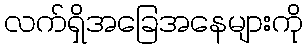
လက်ရှိအခြေအနေများကို